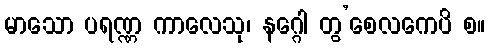
မာသော ပရဏ္ဏ ကာလေသု၊ နဂ္ဂေါ တွ’စေလကေပိ စ။